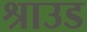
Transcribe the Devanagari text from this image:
श्राउड